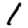
Digit: 1